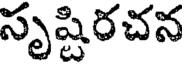
సృష్టిరచన